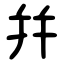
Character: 幷